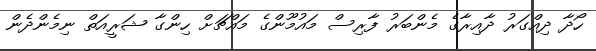
ހޯދާ ދިއްގަރު ދާއިރާގެ މެންބަރު ފާރިސް މައުމޫންގެ މައްޗަށް ހިންގާ ޝަރީއަތް ނިމެންދެން